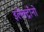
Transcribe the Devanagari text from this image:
इलेक्ट्राँनो